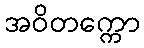
အဝိတက္ကော